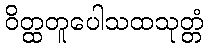
ဝိတ္ထတူပေါသထသုတ္တံ